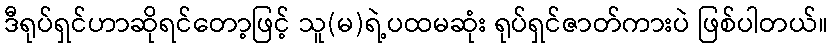
ဒီရုပ်ရှင်ဟာဆိုရင်တော့ဖြင့် သူ(မ)ရဲ့ပထမဆုံး ရုပ်ရှင်ဇာတ်ကားပဲ ဖြစ်ပါတယ်။